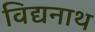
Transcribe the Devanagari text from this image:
विद्यनाथ